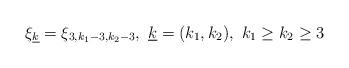
LaTeX: \begin{align*}\xi_{\underline{k}}=\xi_{3,k_1-3,k_2-3},\ \underline{k}=(k_1,k_2),\ k_1\ge k_2\ge 3\end{align*}